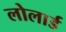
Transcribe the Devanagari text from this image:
लोलार्ड